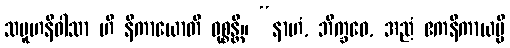
သမူဟနိဝါသာ ဟိ နိကာယောတိ ဝုစ္စန္တိ။ “နာဟံ, ဘိက္ခဝေ, အညံ ဧကနိကာယမ္ပိ